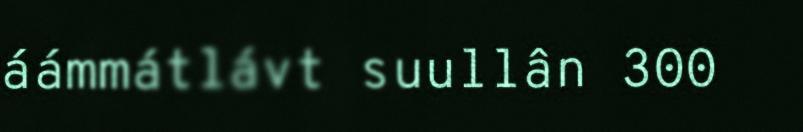
áámmátlávt suullân 300